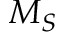
M _ { S }